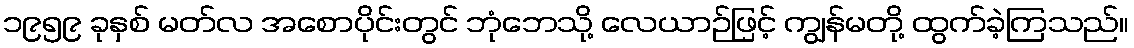
၁၉၅၉ ခုနှစ် မတ်လ အစောပိုင်းတွင် ဘုံဘေသို့ လေယာဉ်ဖြင့် ကျွန်မတို့ ထွက်ခဲ့ကြသည်။